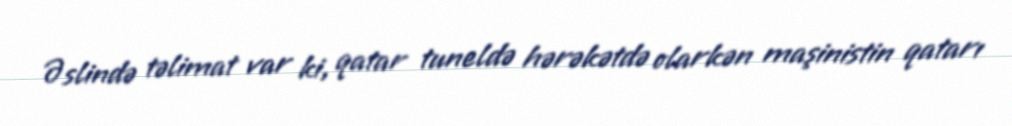
Əslində təlimat var ki, qatar tuneldə hərəkətdə olarkən maşinistin qatarı